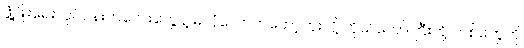
ဖွံ့ဖြိုးရေးလုပ်ငန်းကလေးတွေနဲ့ မလုံလောက်တော့ဘူးလို့ ကိုယ်တော်ကြီးတို့ တစ်တွေကို